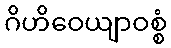
ဂိဟိဝေယျာဝစ္စံ